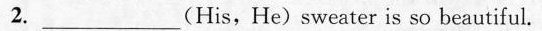
2.___(His,He)sweater is so beautiful.